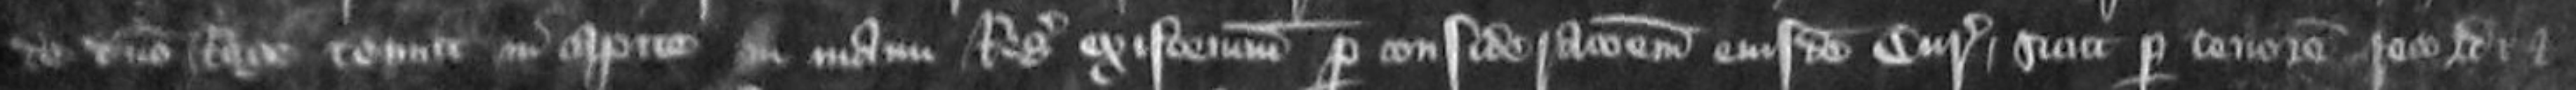
de domino Rege tenuit in capite in manu Regis existencium per considerationem eiusdem Curie sicut per tenorem recordi et